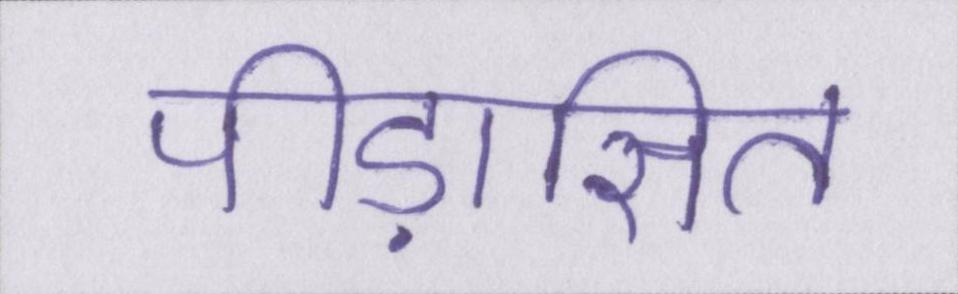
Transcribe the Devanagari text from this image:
पीड़ासित